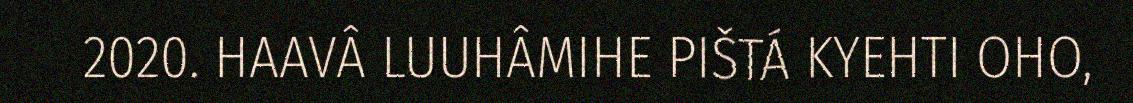
2020. HAAVÂ LUUHÂMIHE PIŠTÁ KYEHTI OHO,